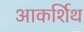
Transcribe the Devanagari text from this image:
आकर्शिथ